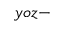
y o z -